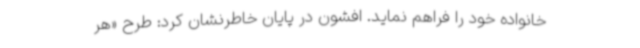
خانواده خود را فراهم نماید. افشون در پایان خاطرنشان کرد:‌ طرح «هر